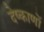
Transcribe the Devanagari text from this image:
देष्काणों